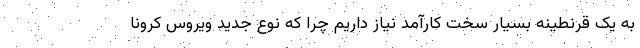
به یک قرنطینه بسیار سخت کارآمد نیاز داریم چرا که نوع جدید ویروس کرونا